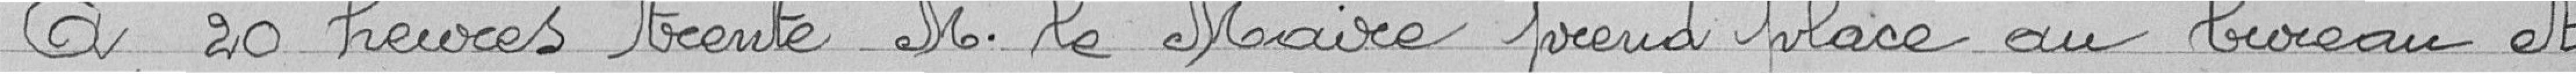
A 20 heures trente M. le Maire prend place au bureau et